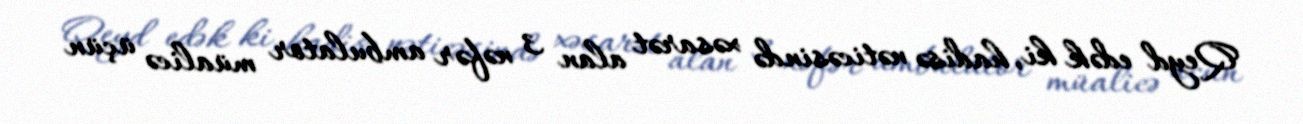
Qeyd edək ki, hadisə nəticəsində xəsarət alan 3 nəfər ambulator müalicə üçün